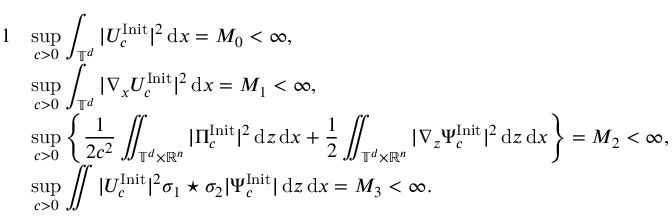
\begin{array} { r l } { { 1 } } & { \displaystyle \operatorname* { s u p } _ { c > 0 } \displaystyle \int _ { \mathbb T ^ { d } } | U _ { c } ^ { \mathrm { I n i t } } | ^ { 2 } \, { \mathrm { d } } x = M _ { 0 } < \infty , } \\ & { \displaystyle \operatorname* { s u p } _ { c > 0 } \displaystyle \int _ { \mathbb T ^ { d } } | \nabla _ { x } U _ { c } ^ { \mathrm { I n i t } } | ^ { 2 } \, { \mathrm { d } } x = M _ { 1 } < \infty , } \\ & { \displaystyle \operatorname* { s u p } _ { c > 0 } \left\{ \displaystyle \frac 1 { 2 c ^ { 2 } } \displaystyle \iint _ { \mathbb T ^ { d } \times \mathbb R ^ { n } } | \Pi _ { c } ^ { \mathrm { I n i t } } | ^ { 2 } \, { \mathrm { d } } z \, { \mathrm { d } } x + \displaystyle \frac 1 { 2 } \displaystyle \iint _ { \mathbb T ^ { d } \times \mathbb R ^ { n } } | \nabla _ { z } \Psi _ { c } ^ { \mathrm { I n i t } } | ^ { 2 } \, { \mathrm { d } } z \, { \mathrm { d } } x \right\} = M _ { 2 } < \infty , } \\ & { \displaystyle \operatorname* { s u p } _ { c > 0 } \displaystyle \iint | U _ { c } ^ { \mathrm { I n i t } } | ^ { 2 } \sigma _ { 1 } \star \sigma _ { 2 } | \Psi _ { c } ^ { \mathrm { I n i t } } | \, { \mathrm { d } } z \, { \mathrm { d } } x = M _ { 3 } < \infty . } \end{array}